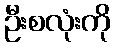
ဦးစလုံးကို